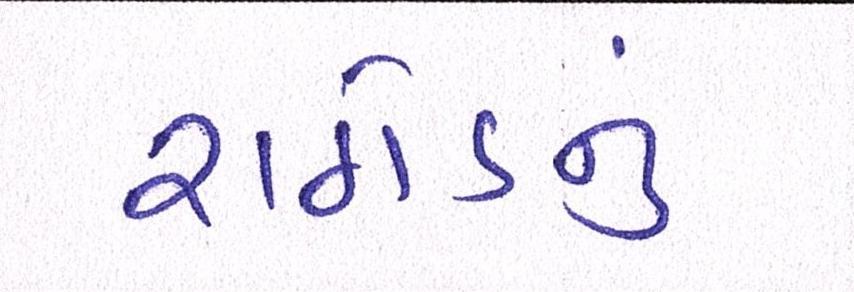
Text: રાઠોડનું